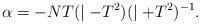
LaTeX: \begin{align*} \alpha = -NT(\mid-T^2)(\mid+T^2)^{-1}. \end{align*}